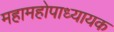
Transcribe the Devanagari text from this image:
महामहोपाध्यायक